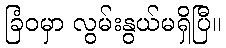
ခြံဝမှာ လွမ်းနွယ်မရှိပြီ။